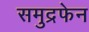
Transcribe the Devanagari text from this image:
समुद्रफेन